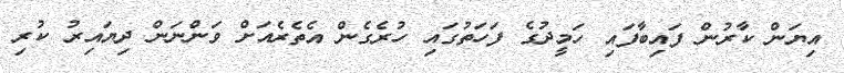
އިޔަން ކާރުން ފައިބާފައި ހަމީދުގެ ފަހަތުގައި ހުރެގެން އެތެރެއަށް ވަންނަން ދިޔައިރު ކުރި